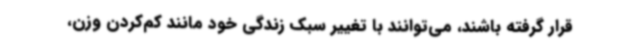
قرار گرفته باشند، می‌توانند با تغییر سبک زندگی خود مانند کم‌کردن وزن،